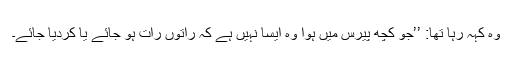
وہ کہہ رہا تھا: ’’جو کچھ پیرس میں ہوا وہ ایسا نہیں ہے کہ راتوں رات ہو جائے یا کردیا جائے۔